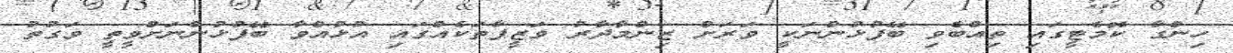
ހިންގާ ކޮމެޓީގައި ތިއްބެވި ބޭފުޅުންނަކީ ވަރަށް ޒިންމާދާރު ވަޒީފާތަކެއްގައި އުޅުއްވާ ބޭފުޅުންނަށްވީތީ ވަގުތު